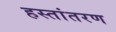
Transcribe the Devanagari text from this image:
हस्‍तांतरण